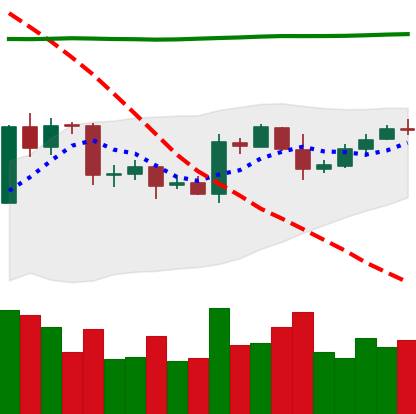
Ticker: EOS-USD
Chart end date: 2020-04-25
Forward return: 4.31%
Label: up_3_5